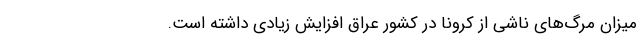
میزان مرگ‌های ناشی از کرونا در کشور عراق افزایش زیادی داشته است.